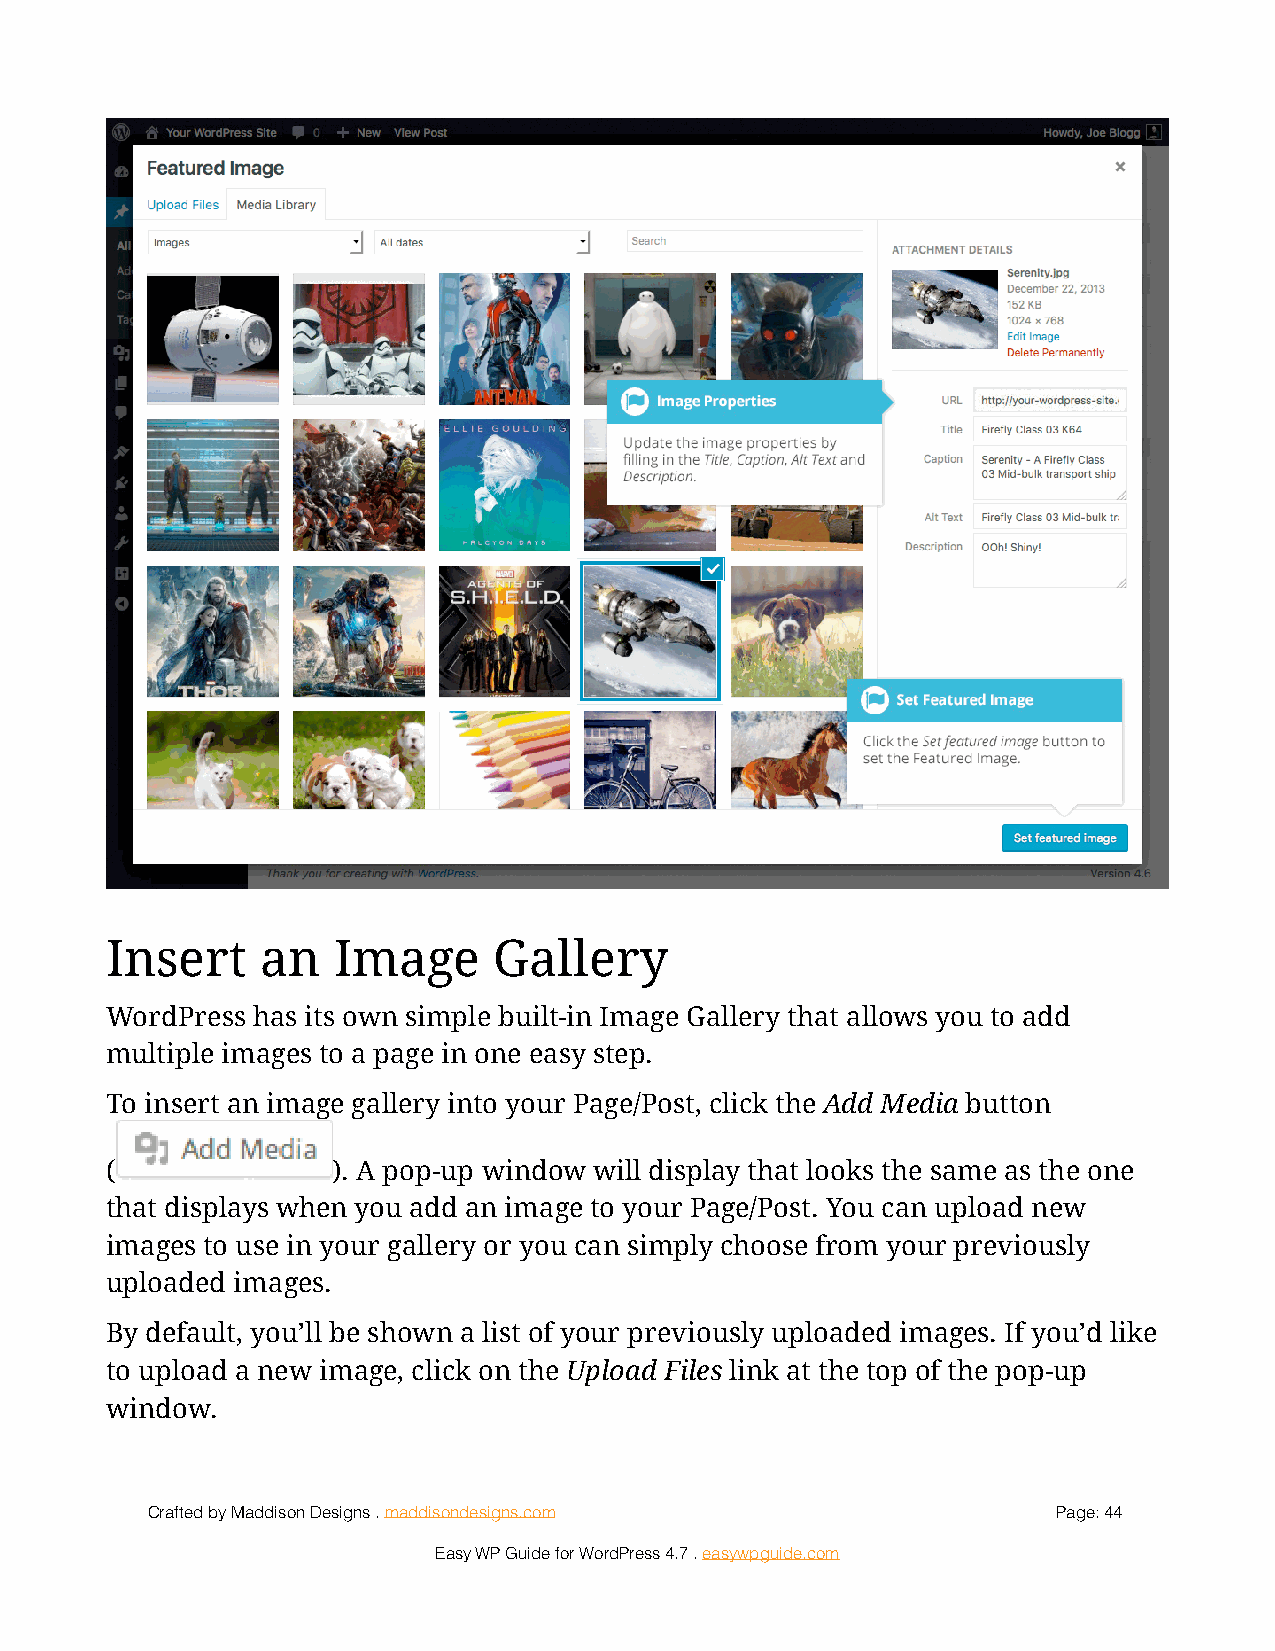
!
 Insert    an   Image      Gallery
 WordPress has its own simple built-in Image Gallery that allows you to add
 multiple images to a page in one easy step.
 To insert an image gallery into your Page/Post, click the Add Media button
 (!             ). A pop-up window will display that looks the same as the one
 that displays when you add an image to your Page/Post. You can upload new
 images to use in your gallery or you can simply choose from your previously
 uploaded images.
 By default, you’ll be shown a list of your previously uploaded images. If you’d like
 to upload a new image, click on the Upload Files link at the top of the pop-up
 window.
 Crafted by Maddison Designs . maddisondesigns.com           Page: 4 4
 Easy WP Guide for WordPress 4.7 . easywpguide.com